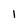
Character: 1